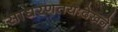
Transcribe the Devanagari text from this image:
साधरणतयःदेखने